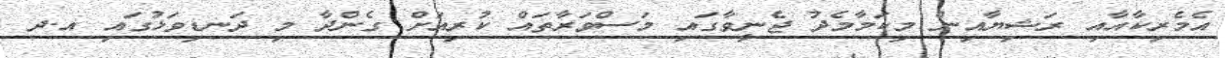
އެމެރިކާއާއި ރަޝިޔާއިން މިކަމާމެދު ޖެނީވާގައި މަސްވަރާތައް ކުރިއަށް ގެންދާ މި ދަނޑިވަޅުގައި އ.ދ